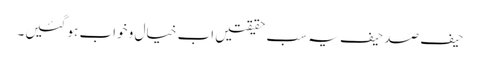
حیف صد حیف یہ سب حقیقتیں اب خیال و خواب ہو گئیں۔